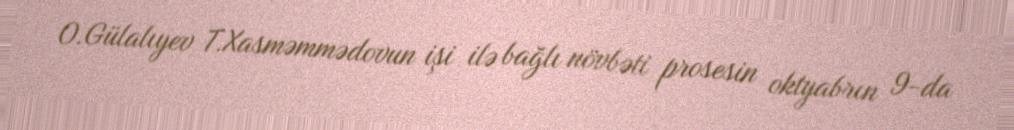
O.Gülalıyev T.Xasməmmədovun işi ilə bağlı növbəti prosesin oktyabrın 9-da